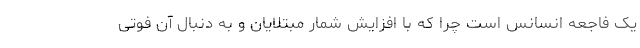
یک فاجعه انسانس است چرا که با افزایش شمار مبتلایان و به دنبال آن فوتی